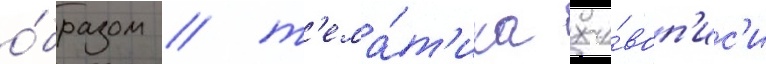
о́бразом / т'ема́т'ика жи́воп'ис'и